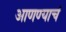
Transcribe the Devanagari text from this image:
आणण्याचं